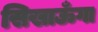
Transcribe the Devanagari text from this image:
सिखाऊँगा